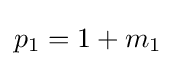
p_{1}=1+m_{1}\